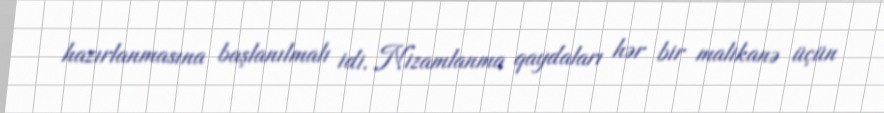
hazırlanmasına başlanılmalı idi. Nizamlanma qaydaları hər bir malikanə üçün